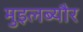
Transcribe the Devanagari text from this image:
मुइलब्यौर